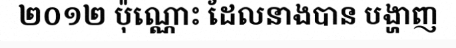
២០១២ ប៉ុណ្ណោះ ដែលនាងបាន បង្ហាញ